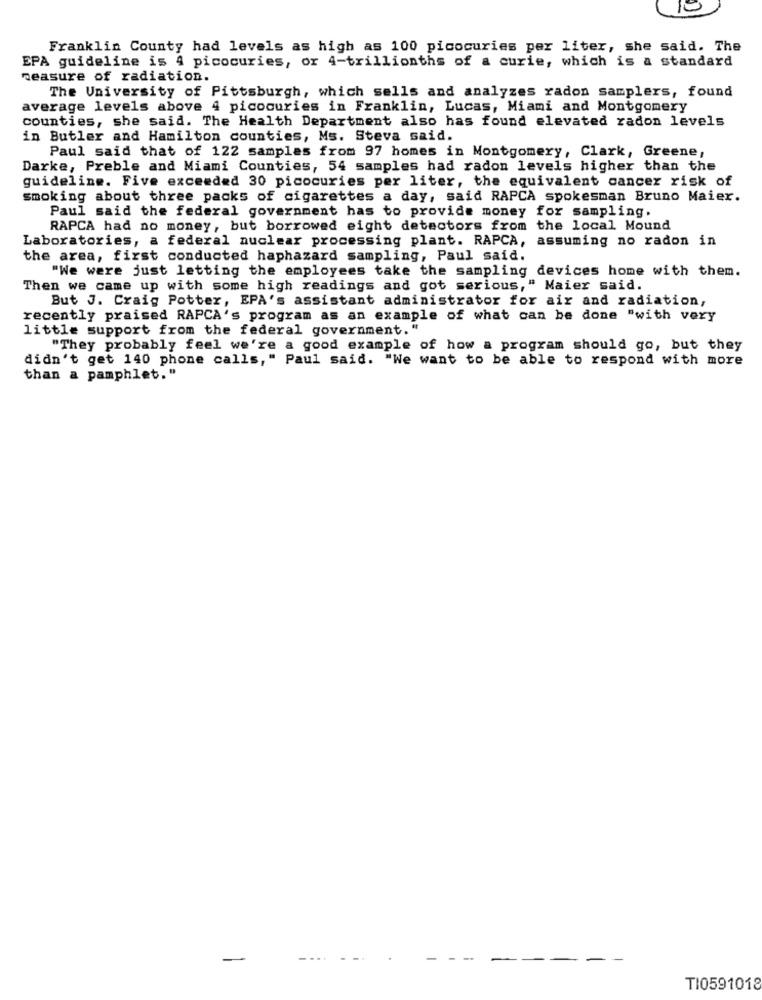
10
Franklin County had levels as high as 100 picocuries per liter, she said. The
EPA guideline is 4 picocuries, or 4-trillionths of a curie, which is a standard
measure of radiation.
The University of Pittsburgh, which sells and analyzes radon samplers, found
average levels above 4 picocuries in Franklin, Lucas, Miami and Montgomery
counties, she said. The Health Department also has found elevated radon levels
in Butler and Hamilton counties, Ms. Steva said.
Paul said that of 122 samples from 97 homes in Montgomery, Clark, Greene,
Darke, Preble and Miami Counties, 54 samples had radon levels higher than the
guideline. Five exceeded 30 picocuries per liter, the equivalent cancer risk of
smoking about three packs of cigarettes a day, said RAPCA spokesman Bruno Maier.
Paul said the federal government has to provide money for sampling.
RAPCA had no money, but borrowed eight detectors from the local Mound
Laboratories, a federal nuclear processing plant. RAPCA, assuming no radon in
the area, first conducted haphazard sampling, Paul said.
"We were just letting the employees take the sampling devices home with them.
Then we came up with some high readings and got serious," Maier said.
But J. Craig Potter, EPA's assistant administrator for air and radiation,
recently praised RAPCA's program as an example of what can be done "with very
little support from the federal government."
"They probably feel we're a good example of how a program should go, but they
didn't get 140 phone calls," Paul said. "We want to be able to respond with more
than a pamphlet."
TI0591018